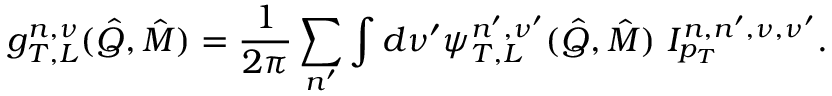
g _ { T , L } ^ { n , \nu } ( \hat { Q } , \hat { M } ) = \frac 1 { 2 \pi } \sum _ { n ^ { \prime } } \int d \nu ^ { \prime } \psi _ { T , L } ^ { n ^ { \prime } , \nu ^ { \prime } } ( \hat { Q } , \hat { M } ) \ { \cal I } _ { p _ { T } } ^ { n , n ^ { \prime } , \nu , \nu ^ { \prime } } .